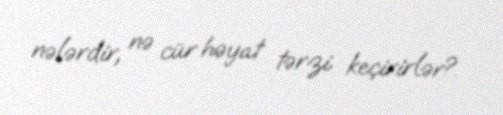
nələrdir, nə cür həyat tərzi keçirirlər?.